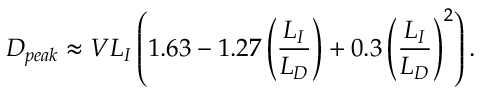
D _ { p e a k } \approx V L _ { I } \left( 1 . 6 3 - 1 . 2 7 \left( \frac { L _ { I } } { L _ { D } } \right) + 0 . 3 \left( \frac { L _ { I } } { L _ { D } } \right) ^ { 2 } \right) .